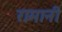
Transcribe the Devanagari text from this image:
रामानी